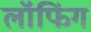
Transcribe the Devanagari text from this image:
लॉफिंग